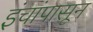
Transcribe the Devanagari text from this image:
इंचांपासून